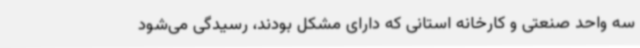
سه واحد صنعتی و کارخانه استانی که دارای مشکل بودند، رسیدگی می‌شود